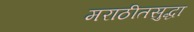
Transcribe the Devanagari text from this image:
मराठीतसुद्धा